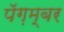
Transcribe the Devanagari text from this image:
पॅग़म्बर